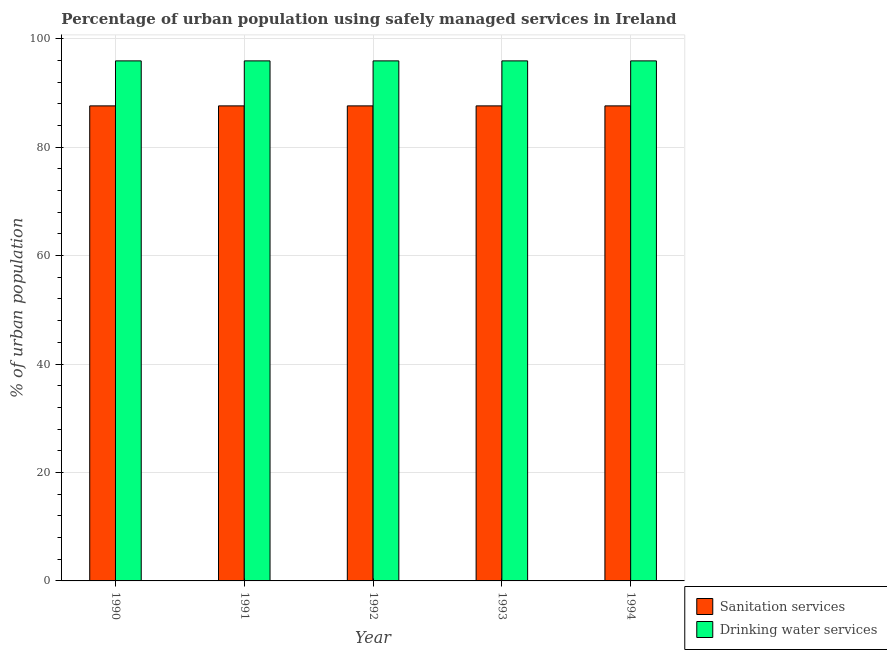
| Year | Sanitation services | Drinking water services |
 | --- | --- | --- |
 | 1990 | 87.6 | 95.9 |
 | 1991 | 87.6 | 95.9 |
 | 1992 | 87.6 | 95.9 |
 | 1993 | 87.6 | 95.9 |
 | 1994 | 87.6 | 95.9 |